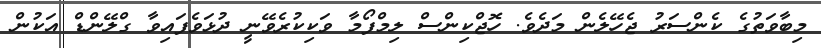
މިބާވަތުގެ ކެންސަރު ޖެހޭލެން މަދެވެ. ހޮޖްކިންސް ލިމްފޯމާ ވަކިކުރެވޭނީ ދުޅަވެފައިވާ ގްލޭންޑް އަކުން